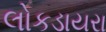
લોકડાયરા